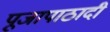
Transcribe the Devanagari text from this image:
पूजापाठादी